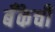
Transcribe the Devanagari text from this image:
बॅँकेची